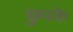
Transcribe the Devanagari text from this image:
छुपके